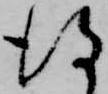
得